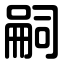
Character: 嗣